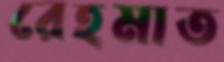
রেহমাত